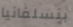
بنسلفانيا